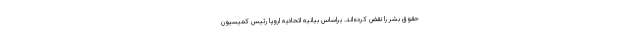
حقوق بشر را نقض کرده‌اند. براساس بیانیه اتحادیه اروپا رئیس کمیسیون